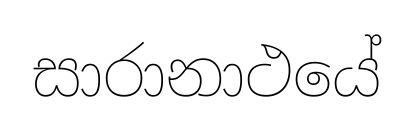
සාරානාථයේ